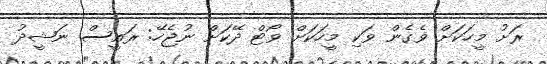
ރަށު މީހަކަށް ވެގެން ވަކި މީހަކަށް ވޯޓް ދޭކަށް ނުޖެހޭ: ރައީސް ނަޝީދު